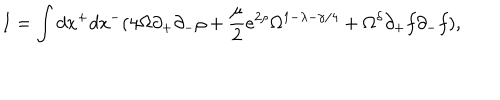
I = \int d x ^ { + } d x ^ { - } ( 4 \Omega \partial _ { + } \partial _ { - } \rho + \frac { \mu } { 2 } e ^ { 2 \rho } \Omega ^ { 1 - \lambda - \gamma / 4 } + \Omega ^ { \delta } \partial _ { + } f \partial _ { - } f ) ,